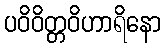
ပဝိဝိတ္တဝိဟာရိနော